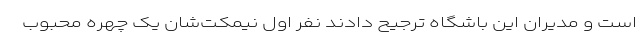
است و مدیران این باشگاه ترجیح دادند نفر اول نیمکت‌شان یک چهره محبوب